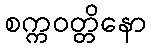
စက္ကဝတ္တိနော